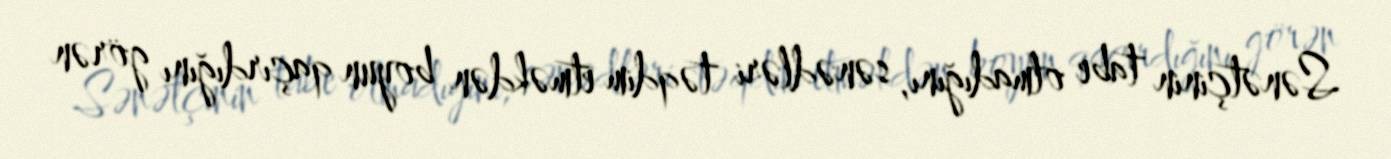
Sənətçinin tabe olmadığını, sənədləri təqdim etməkdən boyun qaçırdığını görən